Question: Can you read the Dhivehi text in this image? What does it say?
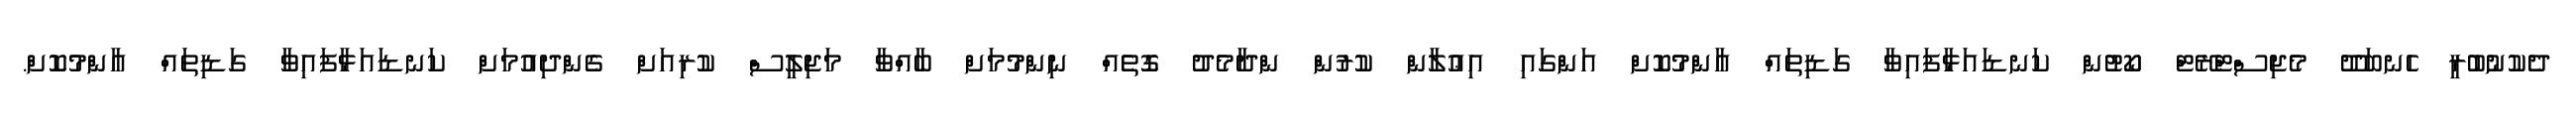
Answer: ދެކުނުބުރީ ހެނބަދޫ މެޖިސްޓްރޭޓް ކޯޓުން ކަނޑައަޅާފައިވާ ގަޑިތައް އާންމުކޮށް އަންގައި އިޢުލާން ކުރުންް ންދާމެދު ގޮތެއް ނިންމުމަށް ބާއްވާ މަޖިލީސް ކުރިއަށް ގެންދިއުމަށް ކަނޑައަޅާފައިވާ ގަޑިތައް އާންމުކޮށް.